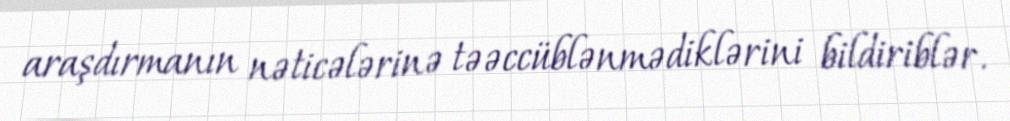
araşdırmanın nəticələrinə təəccüblənmədiklərini bildiriblər.